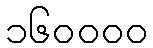
၁၆၀၀၀၀